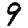
Digit: 9